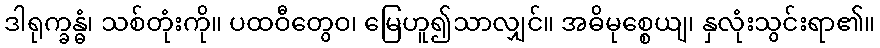
ဒါရုက္ခန္ဓံ၊ သစ်တုံးကို။ ပထဝီတွေဝ၊ မြေဟူ၍သာလျှင်။ အဓိမုစ္စေယျ၊ နှလုံးသွင်းရာ၏။